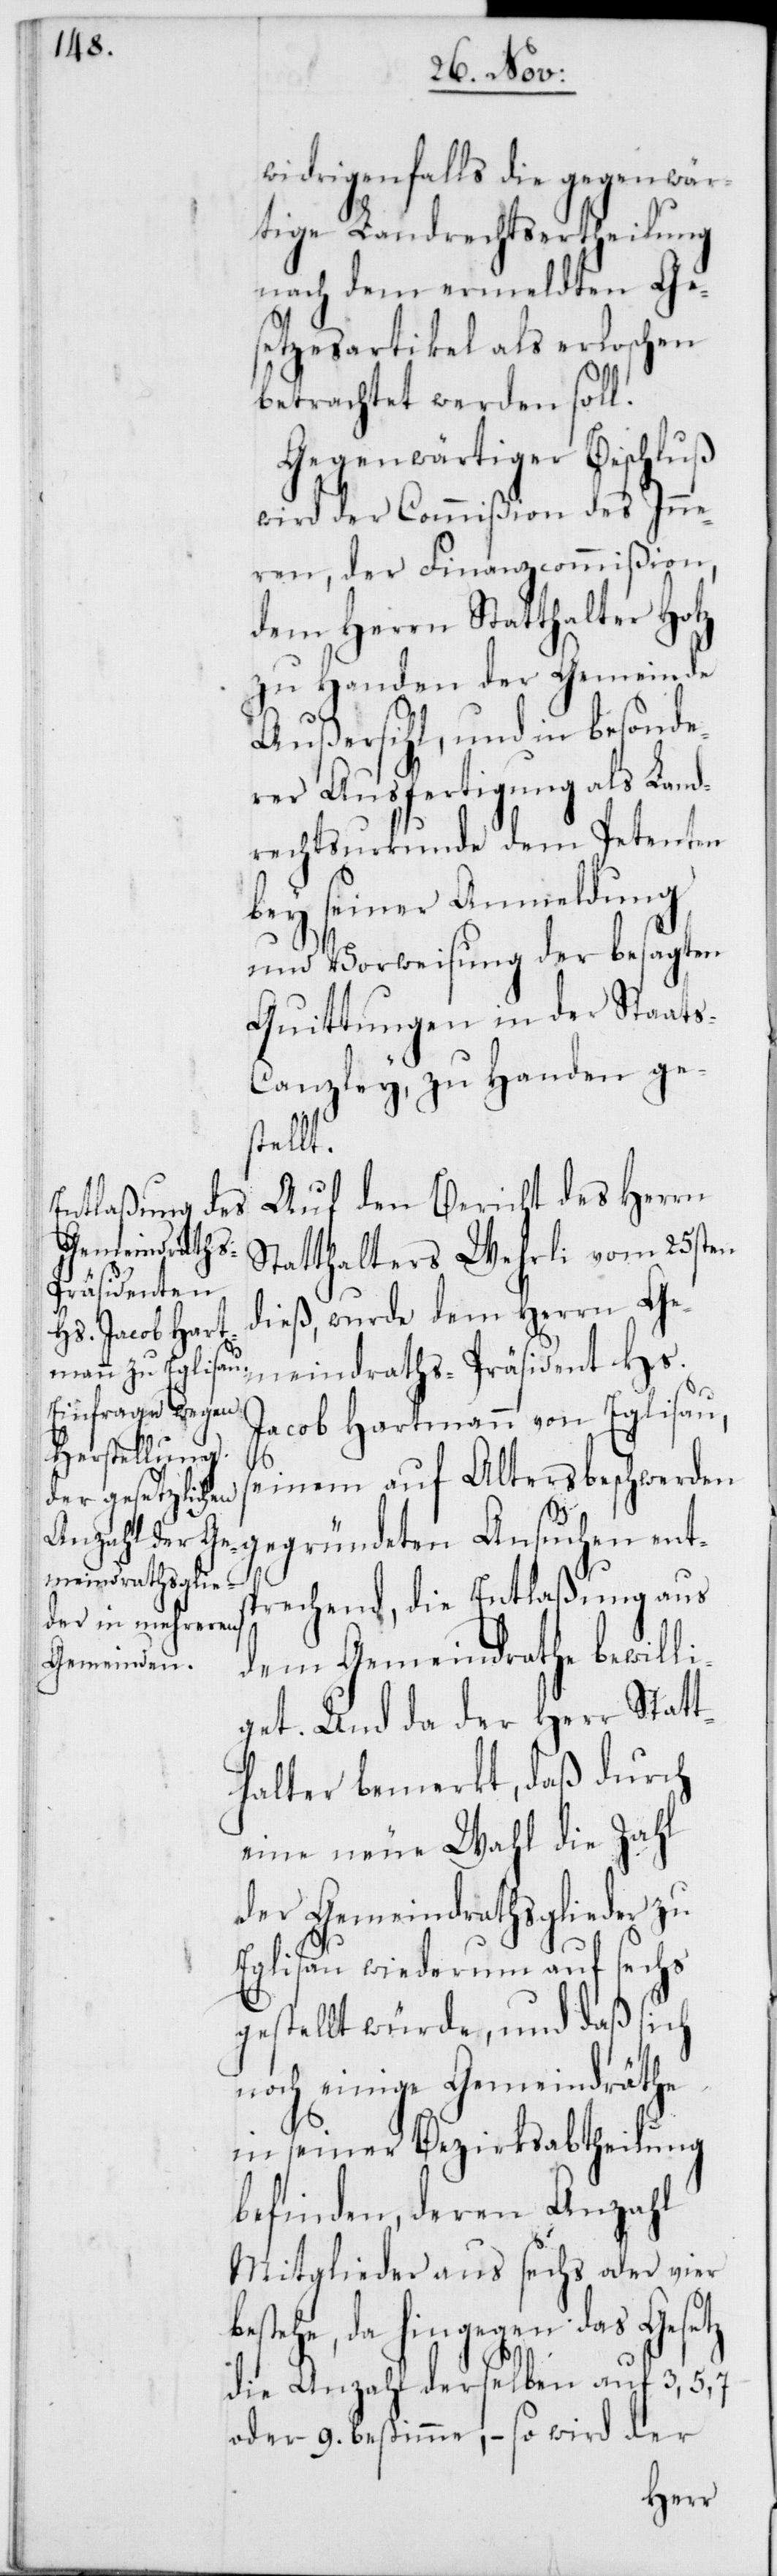
widrigenfalls die gegenwär¬
tige Landrechtsertheilung
nach dem ermeldten Ge¬
setzesartikel als erloschen
betrachtet werden soll.
Gegenwärtiger Beschluß
wird der Commißion des Inne¬
ren, der Finanzcommißion,
dem Herrn Statthalter Hotz
zu Handen der Gemeinde
Ausersihl, und in besonde¬
rer Ausfertigung als Land¬
rechtsurkunde dem Petenten
bey seiner Anmeldung
und Vorweisung der besagten
Quittungen in der Staat¬
s-Canzley zu Handen ges¬
tellt.
Auf den Bericht des Herrn
Statthalters Wehrli vom 25sten
dieß, wurde dem Herrn Ge¬
meindraths-Präsident Hs.
Jacob Hartmann von Eglisau,
seinem auf Altersbeschwerden
gegründeten Ansuchen ents¬
prechend, die Entlaßung aus
dem Gemeindrathe bewill¬
iget. Und da der Herr Statt¬
halter bemerkt, daß durch
eine neue Wahl die Zahl
der Gemeindrathsglieder zu
Eglisau wiederum auf sechs
gestellt würde, und daß sich
noch einige Gemeindräthe
in seiner Bezirksabtheilung
befinden, deren Anzahl
Mitglieder aus sechs oder vier
bestehe, da hingegen das Gesetz
die Anzahl derselben auf 3, 5, 7
oder 9. bestimme, – so wird der